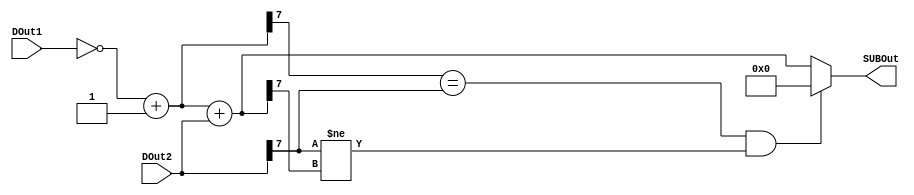
module Subtracter(SUBOut,DOut2,DOut1);

input [7:0] DOut1,DOut2 ;
output [7:0] SUBOut;
reg [7:0] DOut1_2sComm,SUBOut;


always@(DOut1 or DOut2)
begin
   DOut1_2sComm = (~DOut1) + 8'b00000001;
   SUBOut = DOut1_2sComm + DOut2;
   if((DOut1_2sComm[7] == DOut2[7]) && (DOut2[7] != SUBOut[7]))
	SUBOut = 8'b00000000;
end

endmodule